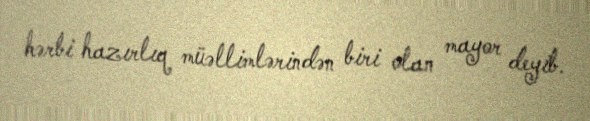
hərbi hazırlıq müəllimlərindən biri olan mayor deyib.